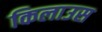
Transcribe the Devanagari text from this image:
किलाउस